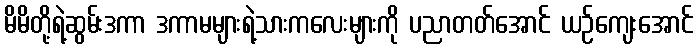
မိမိတို့ရဲ့ဆွမ်းဒကာ ဒကာမများရဲ့သားကလေးများကို ပညာတတ်အောင် ယဉ်ကျေးအောင်